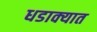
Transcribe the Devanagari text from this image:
धडाक्‍यात